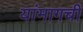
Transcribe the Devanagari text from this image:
यांमागची